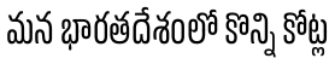
మన భారతదేశంలో కొన్ని కోట్ల